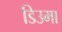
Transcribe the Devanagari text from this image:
डिउमा